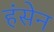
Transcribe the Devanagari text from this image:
हंसेन